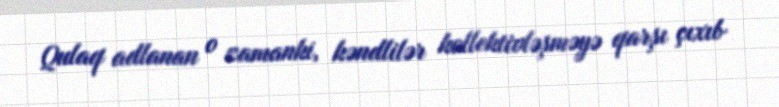
Qulaq adlanan o zamanki, kəndlilər kollektivləşməyə qarşı çıxıb